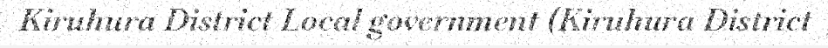
Kiruhura District Local government (Kiruhura District